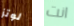
لوتز انت